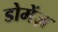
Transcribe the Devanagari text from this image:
डोमेंज़